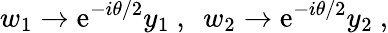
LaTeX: w_{1}\to\mathrm{e}^{-i\theta/2}y_{1}~,~~w_{2}\to\mathrm{e}^{-i\theta/2}y_{2}~,